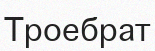
Троебрат